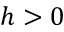
h > 0